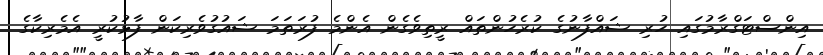
އިންސްޓަގްރާމުގައި ހުރި ޝައްފާނުގެ ކުރެހުންތައް ރީތިވެގެން އެންމެ ފުރަތަމަ ޝައުގުވެރިކަން ފާޅުކުރީ އެމެރިކާގެ